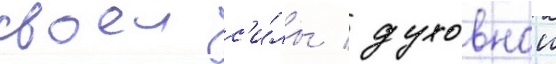
своеи с'и́лы / духовнои